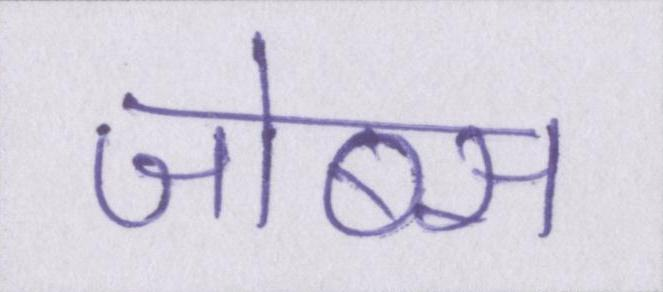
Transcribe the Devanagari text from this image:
जोब्स